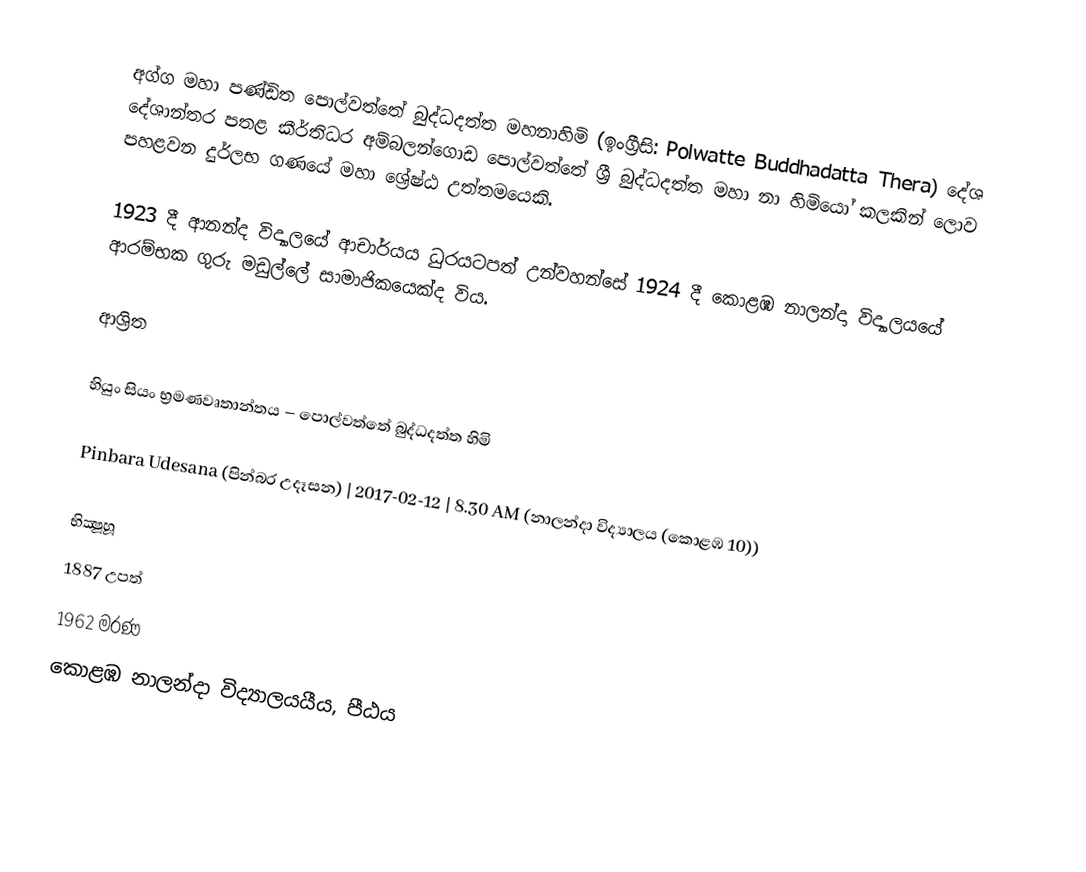
අග්ග මහා පණ්ඩිත පොල්වත්තේ බුද්ධදත්ත මහනාහිමි (ඉංග්‍රීසි: Polwatte Buddhadatta Thera) දේශ දේශාන්තර පතළ කීර්තිධර අම්බලන්ගොඩ පොල්වත්තේ ශ්‍රී බුද්ධදත්ත මහා නා හිමියෝ කලකින් ලොව පහළවන දුර්ලභ ගණයේ මහා ශ්‍රේෂ්ඨ උත්තමයෙකි.

1923 දී ආනන්ද විද්‍යාලයේ ආචාර්යය ධුරයටපත් උන්වහන්සේ 1924 දී කොළඹ නාලන්දා විද්‍යාලයයේ ආරම්භක ගුරු මඩුල්ලේ සාමාජිකයෙක්ද විය.

ආශ්‍රිත

 හියුං සියං භ්‍රමණවෘතාන්තය – පොල්වත්තේ බුද්ධදත්ත හිමි

 Pinbara Udesana (පින්බර උදෑසන) | 2017-02-12 | 8.30 AM (නාලන්දා විද්‍යාලය (කොළඹ 10))

භික්‍ෂූහූ
1887 උපත්
1962 මරණ
කොළඹ නාලන්දා විද්‍යාලයයීය, පීඨය